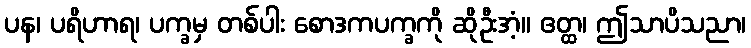
ပန၊ ပရိဟာရ၊ ပက္ခမှ တစ်ပါး စောဒကပက္ခကို ဆိုဦးအံ့။ ဧတ္ထ၊ ဤသာပိသညာ၊